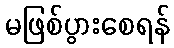
မဖြစ်ပွားစေရန်